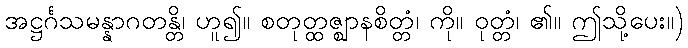
အဋ္ဌင်္ဂသမန္နာဂတန္တိ၊ ဟူ၍။ စတုတ္ထဇ္ဈာနစိတ္တံ၊ ကို။ ဝုတ္တံ၊ ၏။ ဤသို့ပေး။)